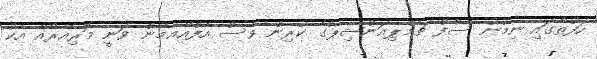
ހަފުތާގައި ނިމުނު ސާފް ޗެމްޕިއަންޝިޕްގެ ކުރިން ވެސް އެފްއޭއެމުން ވަނީ މޮރިއޭރޯއާ އެކު